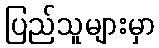
ပြည်သူများမှာ